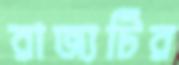
রাজ্যটির